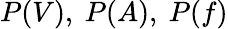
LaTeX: P(V),~P(A),~P(f)